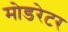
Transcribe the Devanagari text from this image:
मोडरेटर